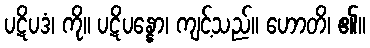
ပဋိပဒံ၊ ကို။ ပဋိပန္နော၊ ကျင့်သည်။ ဟောတိ၊ ၏။